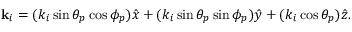
\mathbf { k } _ { i } = ( k _ { i } \sin { \theta _ { p } } \cos { \phi _ { p } } ) \hat { x } + ( k _ { i } \sin { \theta _ { p } } \sin { \phi _ { p } } ) \hat { y } + ( k _ { i } \cos { \theta _ { p } } ) \hat { z } .